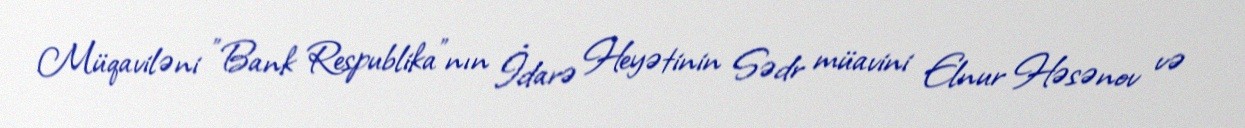
Müqaviləni "Bank Respublika"nın İdarə Heyətinin Sədr müavini Elnur Həsənov və